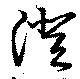
澄